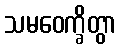
သမဝေက္ခိတွာ